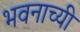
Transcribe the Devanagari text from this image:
भवनाच्यी